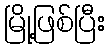
မြို့ဖြစ်ပြီး